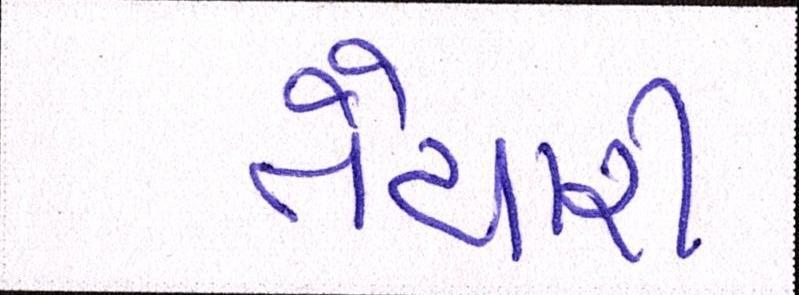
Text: તૈયારી